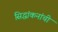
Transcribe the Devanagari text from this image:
सिद्धांकनांची